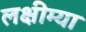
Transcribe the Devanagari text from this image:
लक्षीम्या